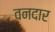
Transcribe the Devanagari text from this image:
वनदार